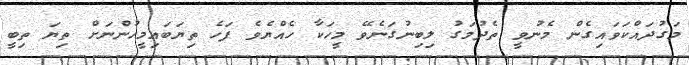
މަގުދައްކަވައިގެން މެނުވީ ތެދުމަގު ލިބިނުގަނެވޭ މީހަކާ ހެއްޔެވެ ފަހެ ތިޔަބައިމީހުންނަށް ތިޔަ ތިބީ